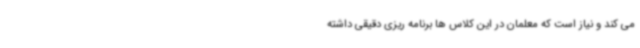
می کند و نیاز است که معلمان در این کلاس ها برنامه ریزی دقیقی داشته